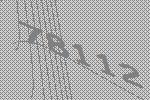
78112